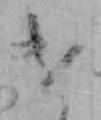
け